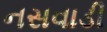
નસવાડી